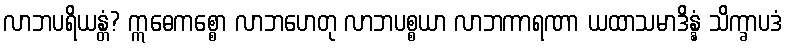
လာဘပရိယန္တံ? ဣဓေကစ္စော လာဘဟေတု လာဘပစ္စယာ လာဘကာရဏာ ယထာသမာဒိန္နံ သိက္ခာပဒံ